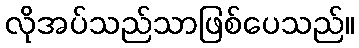
လိုအပ်သည်သာဖြစ်ပေသည်။